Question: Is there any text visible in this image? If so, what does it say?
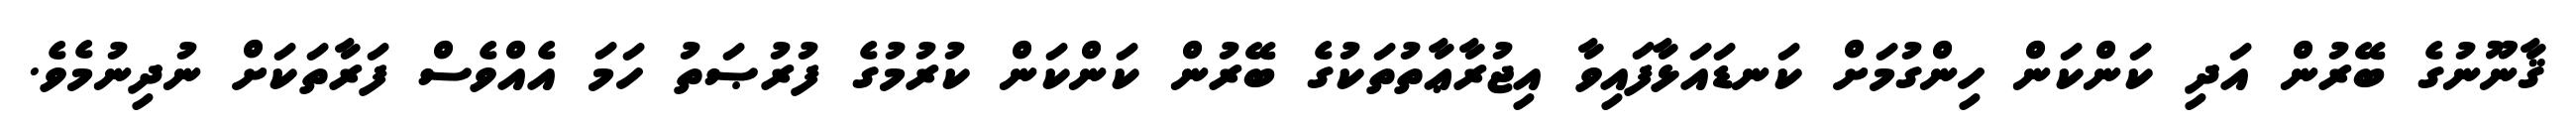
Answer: ޤާނޫނުގެ ބޭރުން އަދި ކަންކަން ހިންގުމަށް ކަނޑައަޅާފައިވާ އިޖުރާޢާތުތަކުގެ ބޭރުން ކަންކަން ކުރުމުގެ ފުރުޞަތު ހަމަ އެއްވެސް ފަރާތަކަށް ނުދިނުމެވެ.